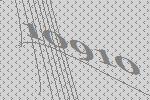
10910